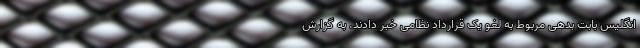
انگلیس بابت بدهی مربوط به لغو یک قرارداد نظامی خبر دادند. به گزارش